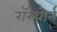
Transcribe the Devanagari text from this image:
रॉस्थोर्न